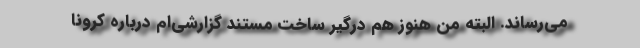
می‌رساند. البته من هنوز هم درگیر ساخت مستند گزارشی‌ام درباره کرونا